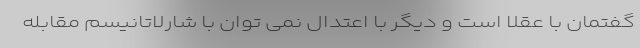
گفتمان با عقلا است و دیگر با اعتدال نمی توان با شارلاتانیسم مقابله